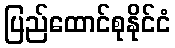
ပြည်ထောင်စုနိုင်ငံ